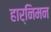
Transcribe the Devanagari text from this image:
हार्निमन